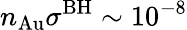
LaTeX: n_{\mathrm{Au}}\sigma^{\mathrm{BH}}\sim 10^{-8}